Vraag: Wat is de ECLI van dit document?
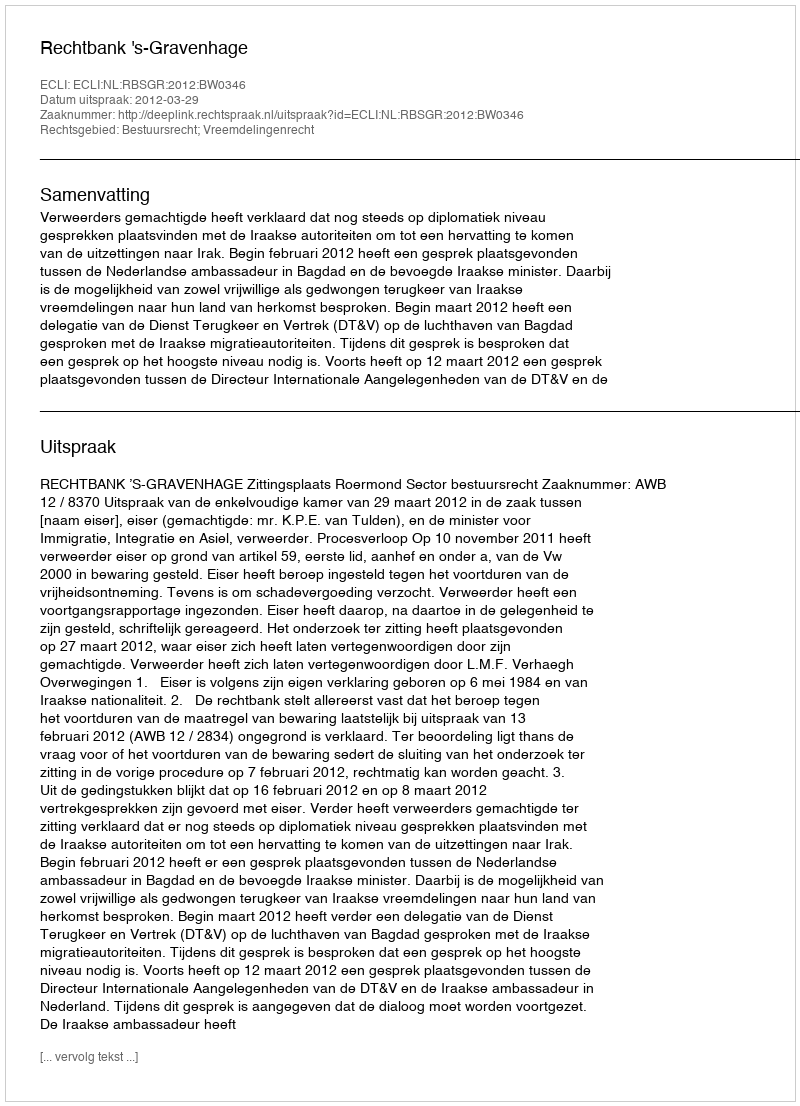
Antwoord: ECLI:NL:RBSGR:2012:BW0346